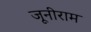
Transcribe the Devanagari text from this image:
जूनीराम